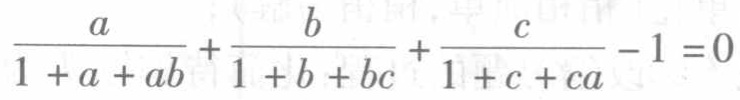
\(\frac{a}{1 + a + ab}+\frac{b}{1 + b + bc}+\frac{c}{1 + c + ca}-1 = 0\)